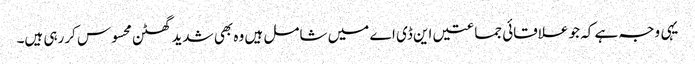
یہی وجہ ہے کہ جو علاقائی جماعتیں این ڈی اے میں شامل ہیں وہ بھی شدید گھٹن محسوس کررہی ہیں۔